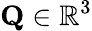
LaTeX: \mathbf{Q}\in\mathbb{R}^{3}